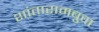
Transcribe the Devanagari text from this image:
शांतारामबुवा